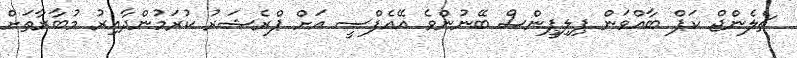
ޗެލެންޖް ކަޕް ބާއްވަން ޕިލިޕީންސް ބޭނުންވެ އޭއެފްސީ އަށް ޕްރެޝަރު ކުރަމުންދާއިރު މުބާރާތަށް